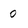
Character: 0